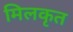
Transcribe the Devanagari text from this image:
मिलकृत